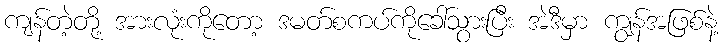
ကျန်တဲ့တို့ အားလုံးကိုတော့ ဒမတ်စကပ်ကိုခေါ်သွားပြီး အဲဒီမှာ ကျွန်အဖြစ်နဲ့